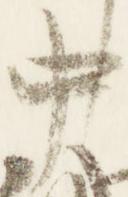
中